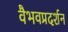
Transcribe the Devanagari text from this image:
वैभवप्रदर्शन